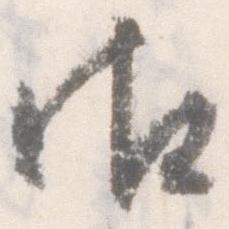
御